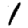
Digit: 1